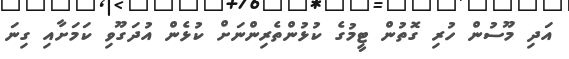
އަދި މޫސުން ހުރި ގޮތުން ޓީމުގެ ކުޅުންތެރިންނަށް ކުޅެން އުދަގޫވި ކަމަށާއި ގިނަ